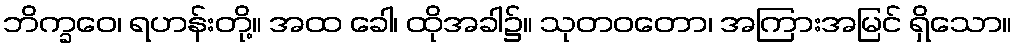
ဘိက္ခဝေ၊ ရဟန်းတို့။ အထ ခေါ၊ ထိုအခါ၌။ သုတဝတော၊ အကြားအမြင် ရှိသော။